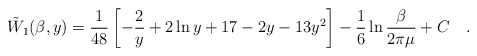
\begin{align*}\tilde{W}_1(\beta,y)={ 1\over 48}\left[-\frac 2y +2 \ln y +17 - 2 y - 13 y^2 \right] - \frac16\ln{\beta\over 2\pi\mu} + C~~~.\end{align*}